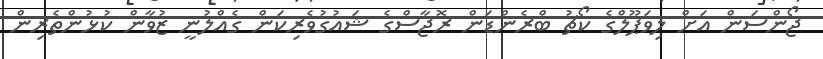
ޖޯންސަން އަށް ލިވަޕޫލްގެ ކޯޗު ބްރެންޑަން ރޮޖާސްގެ ޝައުގުވެރިކަން ގެއްލުނީ ޒުވާން ކުޅުންތެރިން